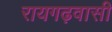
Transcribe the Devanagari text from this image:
रायगढ़वासी